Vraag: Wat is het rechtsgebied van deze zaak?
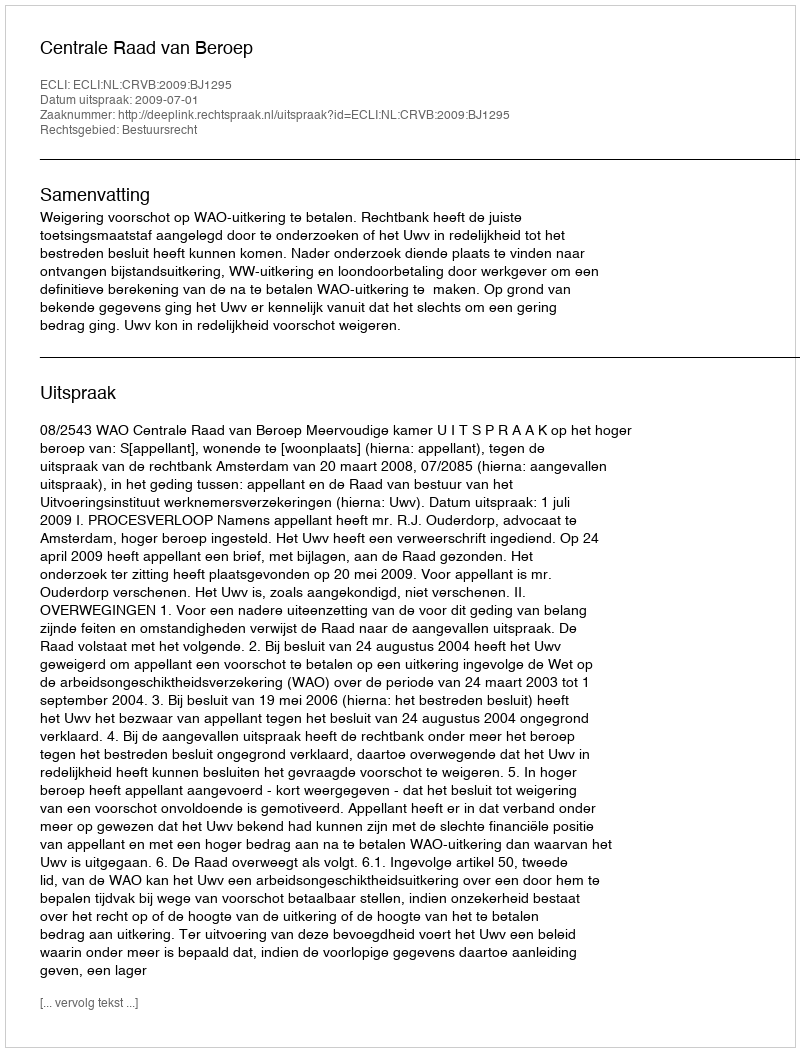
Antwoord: Bestuursrecht